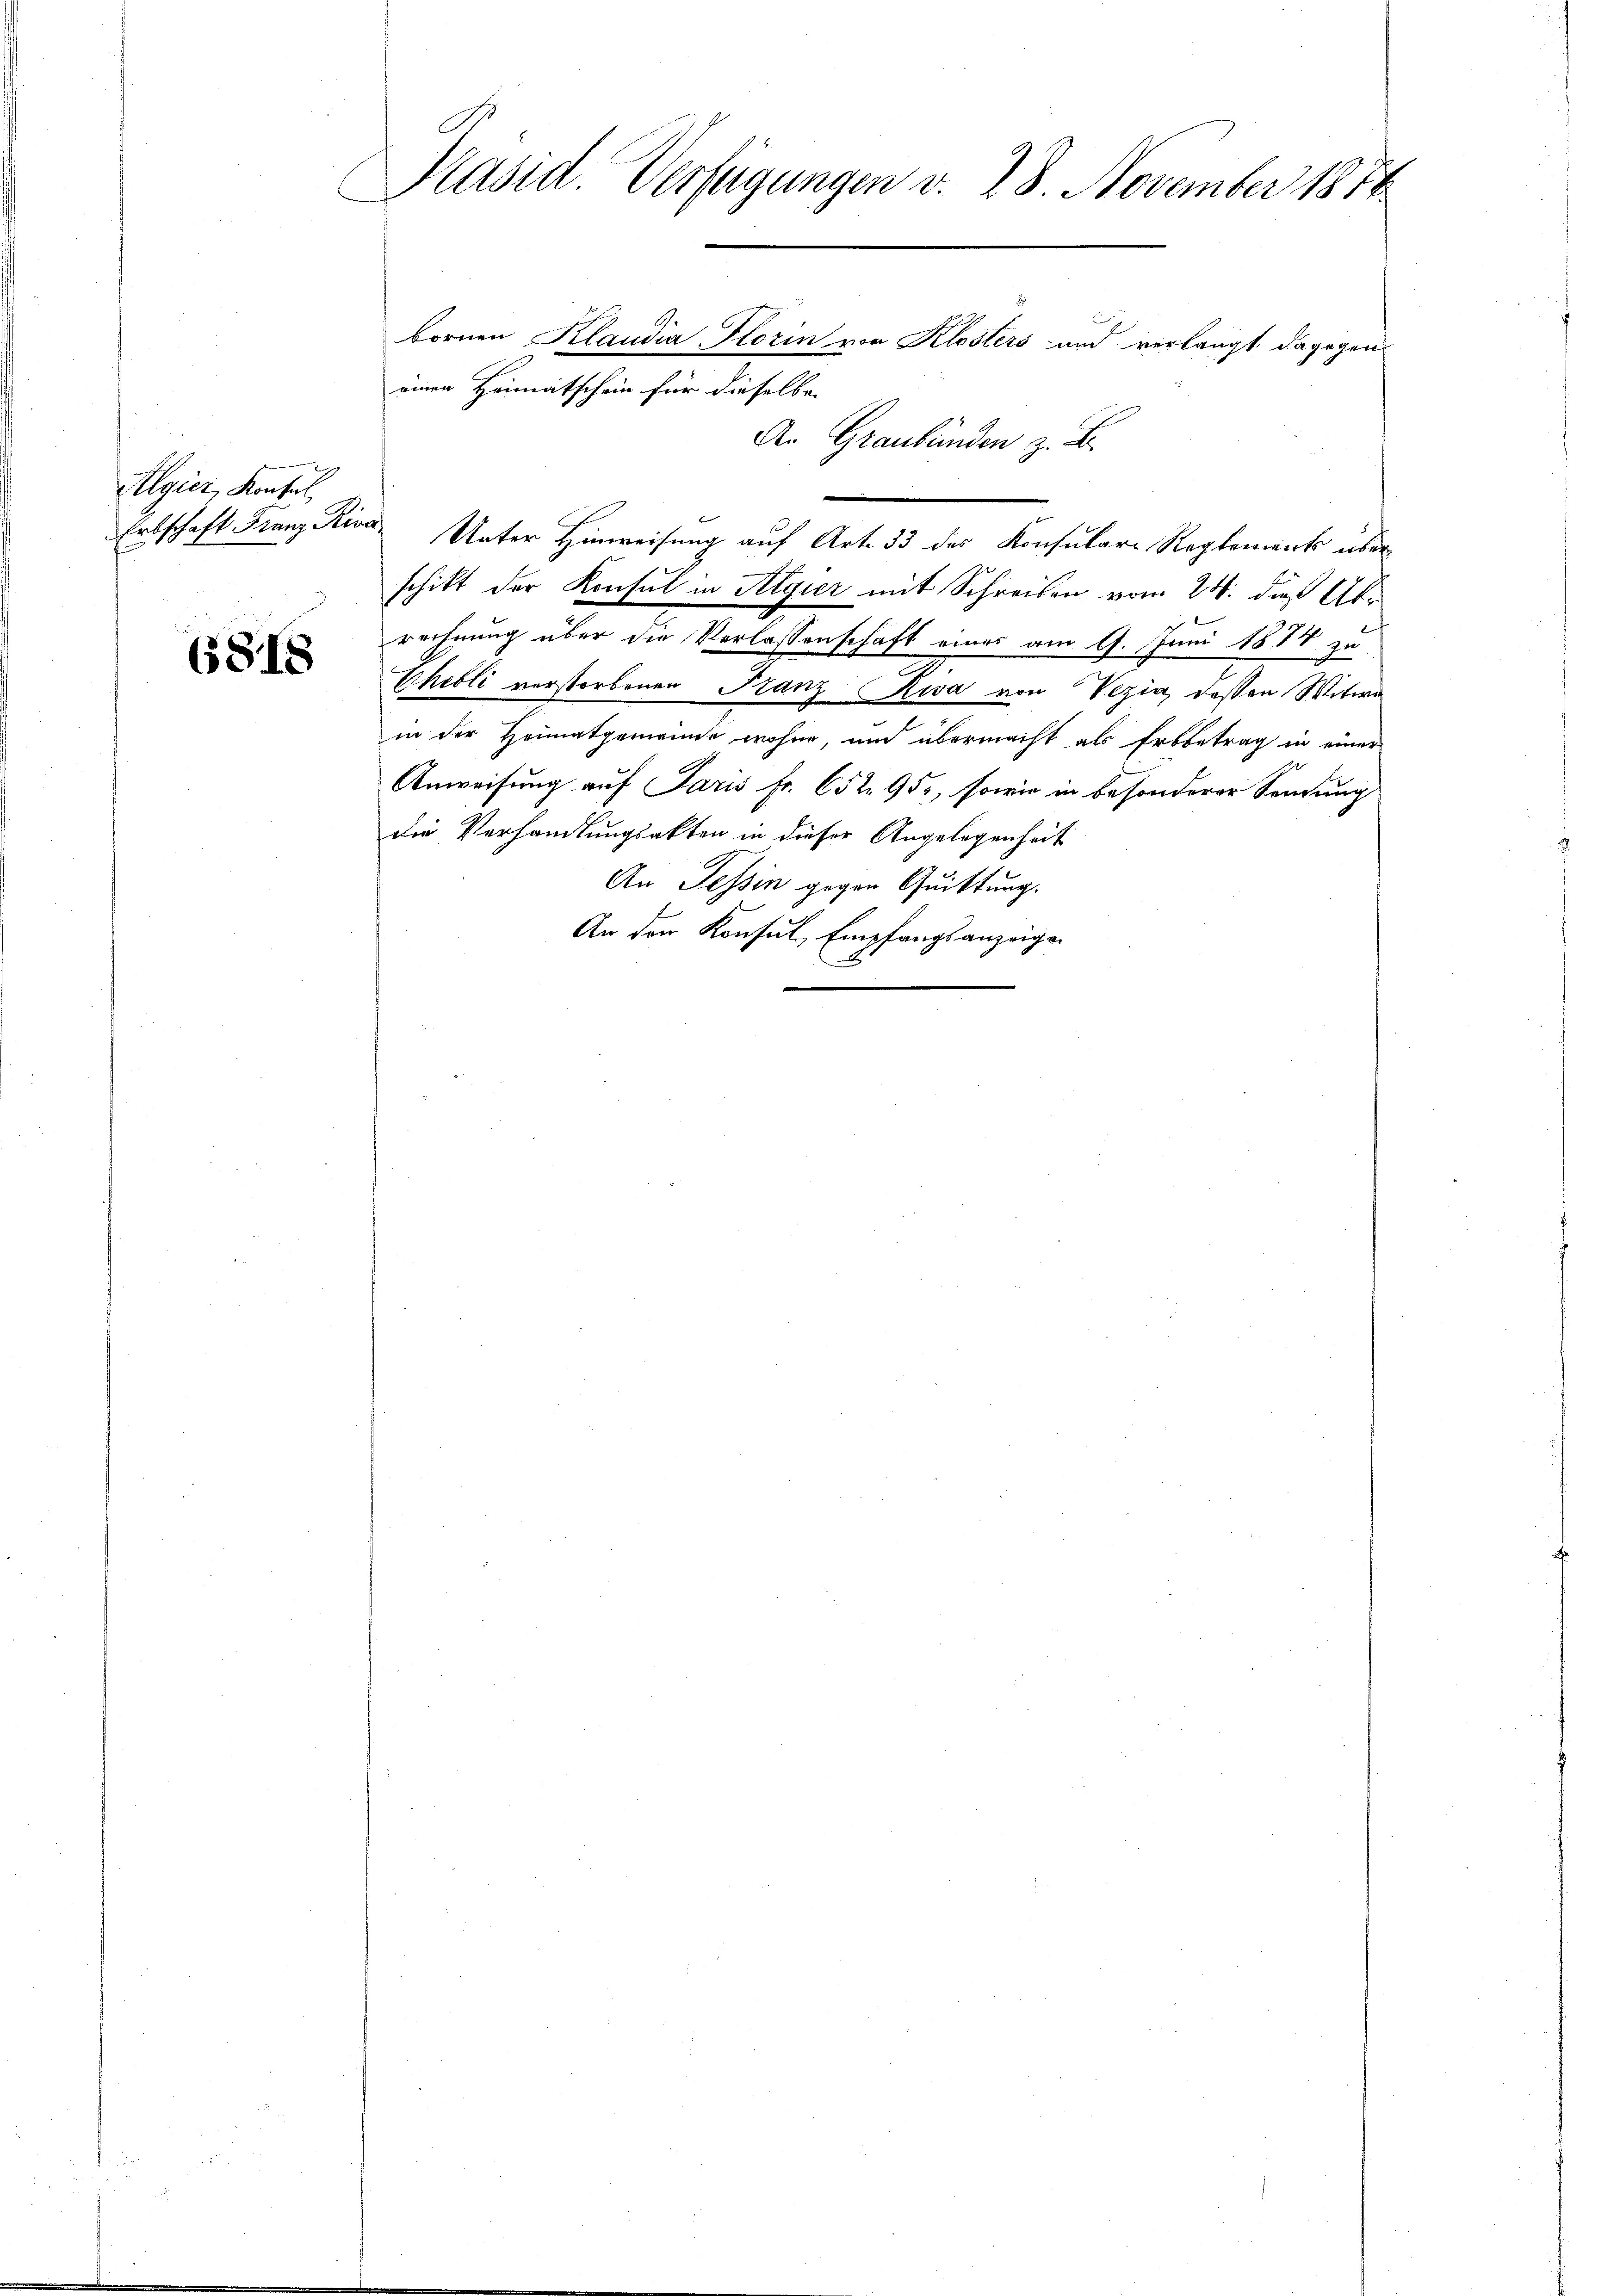
Algier, Konsul

6818

Präsid. Verfügungen v. 28. November 1884

bornen Klaudia Florin von Klosters und verlangt dagegen
einen Heimatschein für dieselben
An Graubünden z. B.
Erbschaft Franz Riva, Unter Hinweisung auf Art. 33 des Konsulari Reglements überschikt der Konsul in Algier mit Schreiben vom 24. dieß Abrechnung über die Verlassenschaft eines am 9. Juni 1874 zu
Eheoli vorstorbenen Franz Riva von Vezia, dessen Witwe
in der Heimatgemeinde wohne, und übermacht als Erbbetrag in einer
Anweisung auf Paris Fr. 652 952, sowie in besonderer Sendung
die Verhandlungsakten in dieser Angelegenheit
An Tessin gegen Quittung.
An den Konsul, Empfangsanzeigen